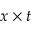
x \times t